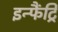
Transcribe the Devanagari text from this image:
इन्फैंट्रि